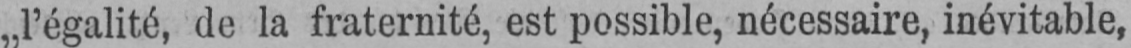
„l’égalité, de la fraternité, est possible, nécessaire, inévitable,